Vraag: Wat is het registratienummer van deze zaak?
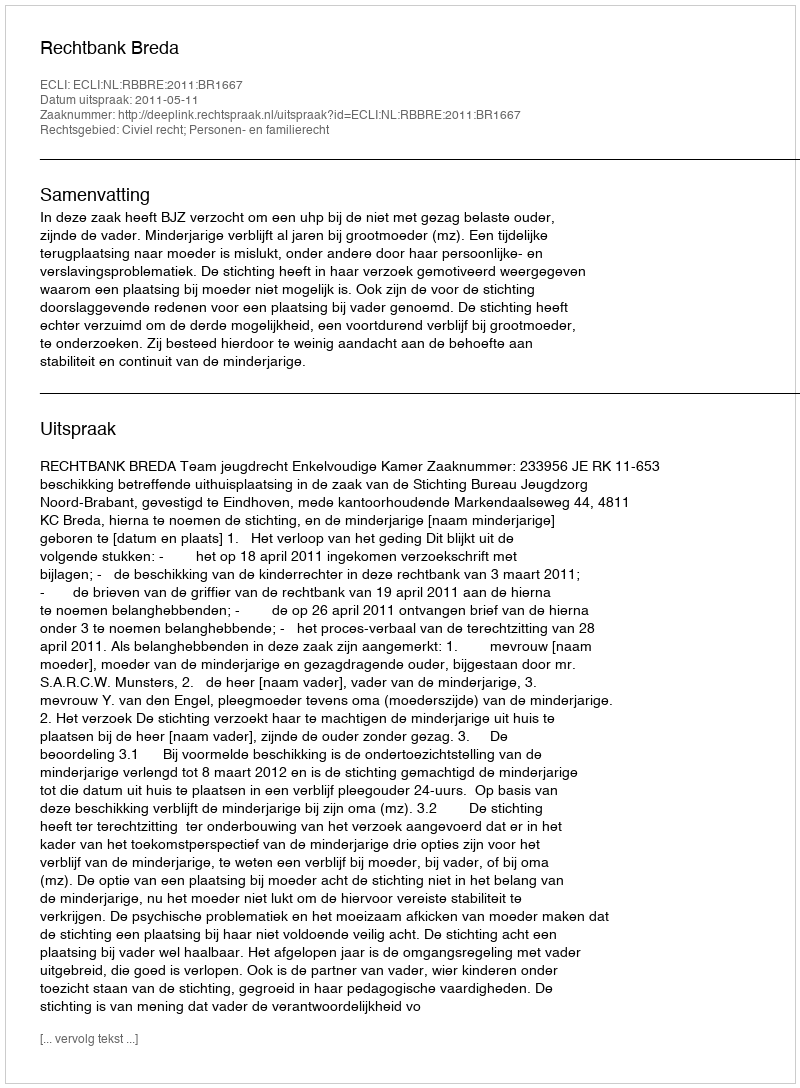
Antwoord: http://deeplink.rechtspraak.nl/uitspraak?id=ECLI:NL:RBBRE:2011:BR1667